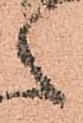
之